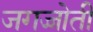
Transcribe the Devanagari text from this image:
जगज्जोती